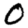
Digit: 0